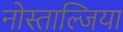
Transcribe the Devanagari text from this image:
नोस्ताल्जिया